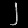
Digit: ၂